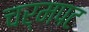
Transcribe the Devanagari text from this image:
चर्मपट